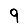
Digit: 9